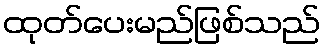
ထုတ်ပေးမည်ဖြစ်သည်